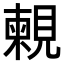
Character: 𧡴